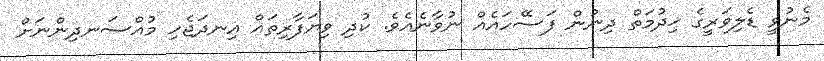
މެނުވީ ޑެލިވަރީގެ ޚިދުމަތް ދިނުން ފަސޭހައެއް ނުވާނެއެވެ. ކުދި ވިޔަފާރިތައް އިނދަޖެހި މުއްސަނދިންނަށް